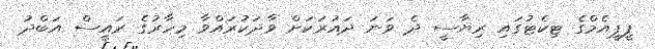
ޕީޕީއެމްގެ ޓިކެޓުގައި ރިޔާސީ ދެ ވަނަ ދައުރަކަށް ވާދަކުރައްވާ މިހާރުގެ ރައީސް އަބްދު